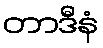
တာဒီနံ